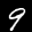
Label: 9